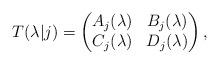
LaTeX: \begin{align*}T(\lambda|j)=\begin{pmatrix}A_j(\lambda) & B_j(\lambda) \\C_j(\lambda) & D_j(\lambda)\end{pmatrix},\end{align*}